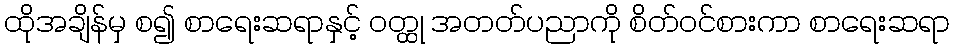
ထိုအချိန်မှ စ၍ စာရေးဆရာနှင့် ဝတ္ထု အတတ်ပညာကို စိတ်ဝင်စားကာ စာရေးဆရာ